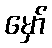
မှော်